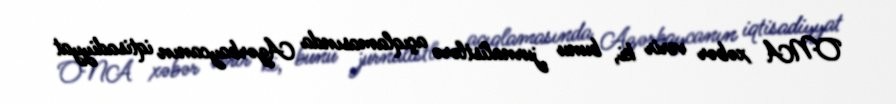
ONA xəbər verir ki, bunu jurnalistlərə açıqlamasında Azərbaycanın iqtisadiyyat